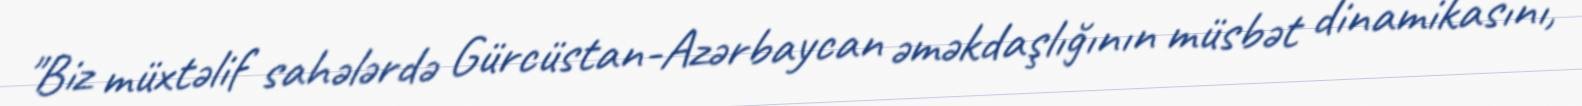
"Biz müxtəlif sahələrdə Gürcüstan-Azərbaycan əməkdaşlığının müsbət dinamikasını,